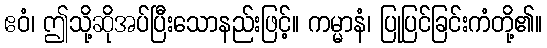
ဧဝံ၊ ဤသို့ဆိုအပ်ပြီးသောနည်းဖြင့်။ ကမ္မာနံ၊ ပြုပြင်ခြင်းကံတို့၏။